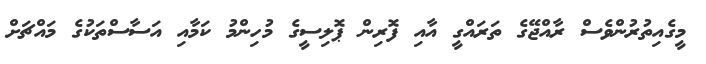
މީގެއިތުރުންވެސް ރާއްޖޭގެ ތަރައްގީ އާއި ފޮރިން ޕޮލިސީގެ މުހިންމު ކަމާއި އަސާސްތަކުގެ މައްޗަށް